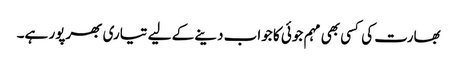
بھارت کی کسی بھی مہم جوئی کا جواب دینے کے لیے تیاری بھرپور ہے۔